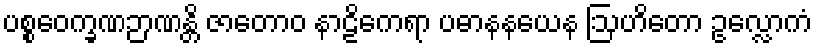
ပစ္စဝေက္ခဏဉာဏန္တိ ဇာတောဝ နာဠိကေရာ ပဓာနနယေန ဩဟိတော ဥလ္လောကံ